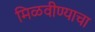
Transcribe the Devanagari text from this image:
मिळवीण्याचा